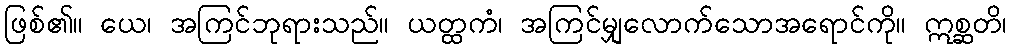
ဖြစ်၏။ ယေ၊ အကြင်ဘုရားသည်။ ယတ္ထကံ၊ အကြင်မျှလောက်သောအရောင်ကို။ ဣစ္ဆတိ၊